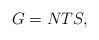
LaTeX: \begin{align*}G = NTS,\end{align*}